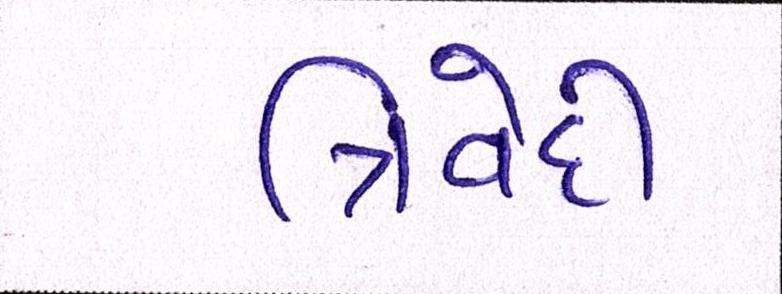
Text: ત્રિવેદી